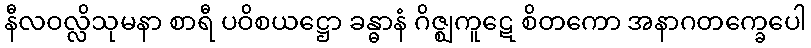
နီလဝလ္လိသုမနာ စာရီ ပဝိစယဋ္ဌော ခန္ဓာနံ ဂိဇ္ဈကူဋေ စိတကော အနာဂတက္ခေပေါ